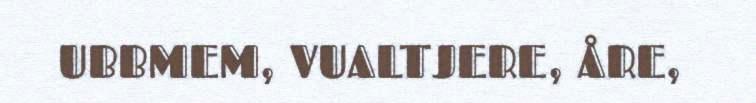
UBBMEM, VUALTJERE, ÅRE,